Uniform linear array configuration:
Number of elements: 16
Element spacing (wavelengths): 0.5
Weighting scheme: hann
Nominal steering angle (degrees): -60
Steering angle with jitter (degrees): -58.024
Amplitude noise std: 0.05
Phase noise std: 0.05

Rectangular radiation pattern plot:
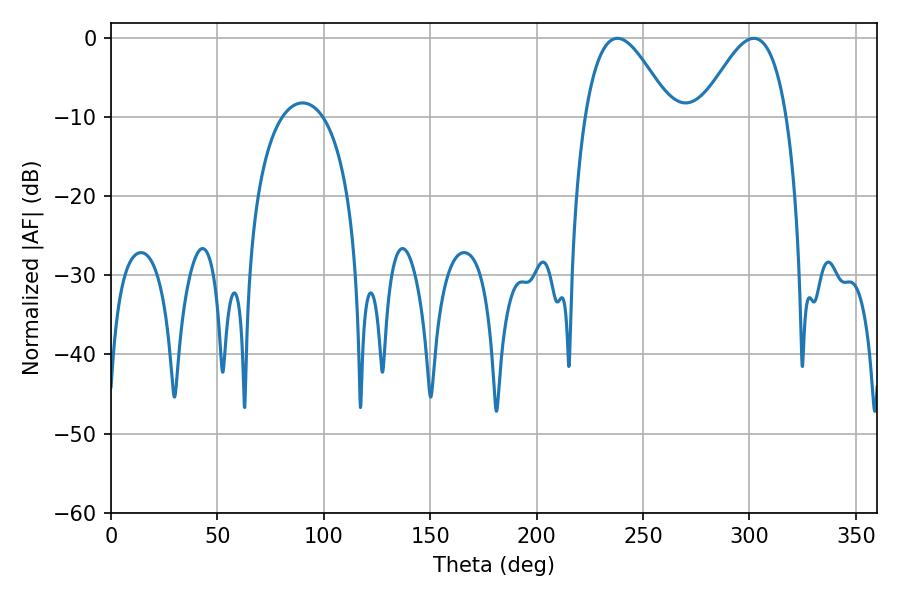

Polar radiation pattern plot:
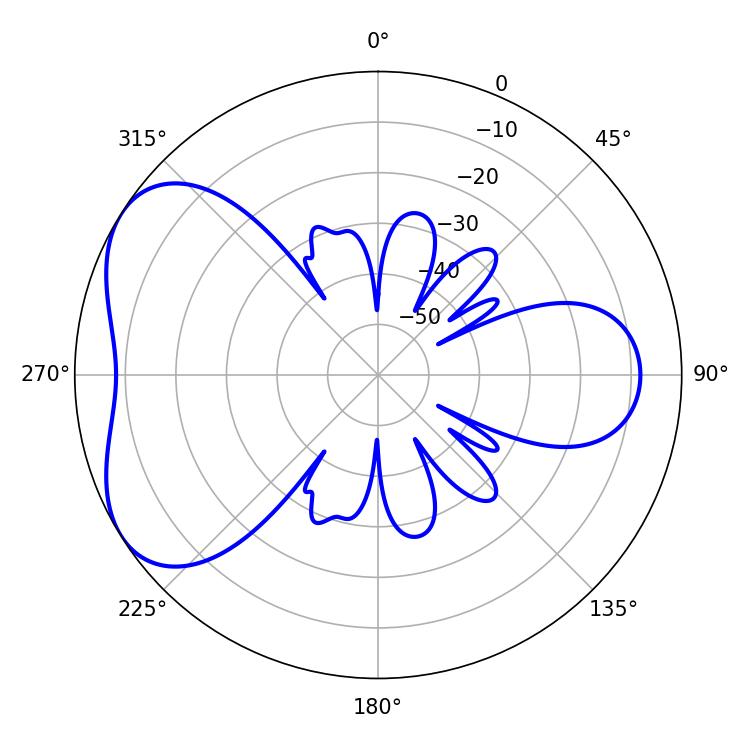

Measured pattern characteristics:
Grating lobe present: FALSE
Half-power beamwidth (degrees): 21.78
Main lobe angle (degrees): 302.04